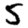
Digit: 5